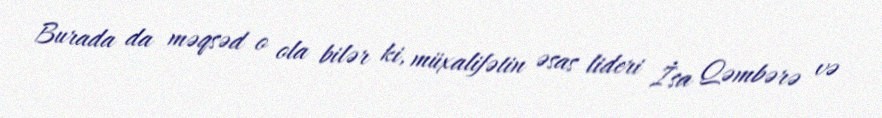
Burada da məqsəd o ola bilər ki, müxalifətin əsas lideri İsa Qəmbərə və